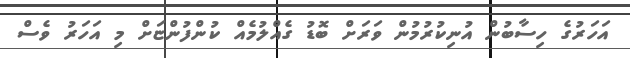
އަހަރުގެ ހިސާބުން އުނިކުރުމުން ވަރަށް ބޮޑު ގެއްލުމެއް ކުންފުންޏަށް މި އަހަރު ވެސް